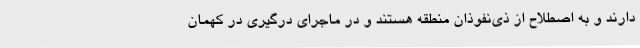
دارند و به اصطلاح از ذی‌نفوذان منطقه هستند و در ماجرای درگیری در کهمان